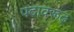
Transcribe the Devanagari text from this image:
पदावरूढ़